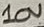
Text: 10V